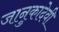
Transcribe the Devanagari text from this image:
जानुकादेवी